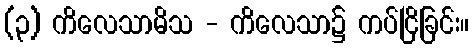
(၃) ကိလေသာမိသ - ကိလေသာ၌ ကပ်ငြိခြင်း။